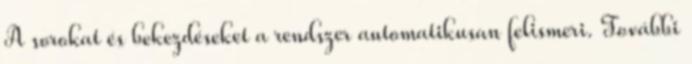
A sorokat és bekezdéseket a rendszer automatikusan felismeri. További